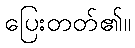
ပြေးတတ်၏။